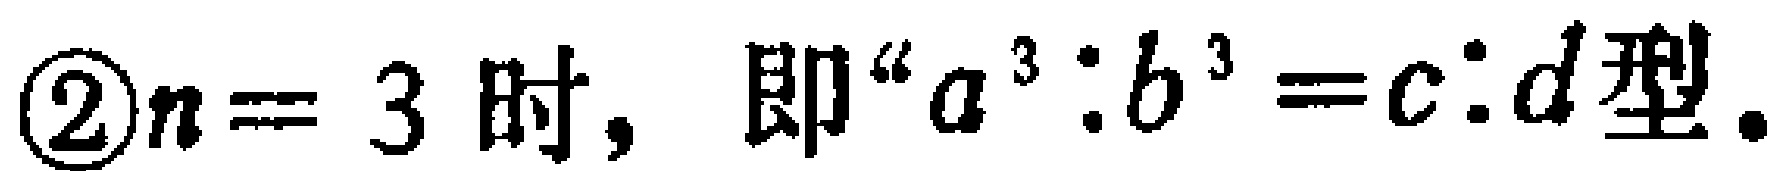
\textcircled{2}$n = 3$时，即“$a^{3}:b^{3}=c:d$型”.